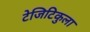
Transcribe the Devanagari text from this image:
टेजिटिकुला